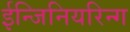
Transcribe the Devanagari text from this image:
ईन्जिनियरिन्ग